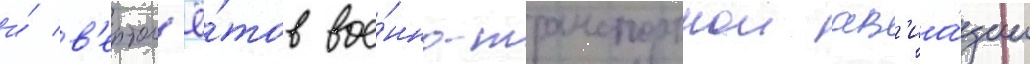
и́ в'ертол'ё́тов вое́нно-транспортнои ав'иа́ции